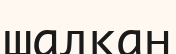
шалқан